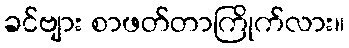
ခင်ဗျား စာဖတ်တာကြိုက်လား။